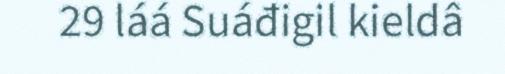
29 láá Suáđigil kieldâ